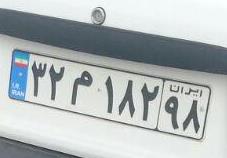
۳۲م۱۸۲۹۸